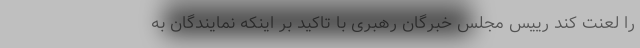
را لعنت کند رییس مجلس خبرگان رهبری با تاکید بر اینکه نمایندگان به